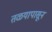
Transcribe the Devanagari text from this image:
तळयापासून